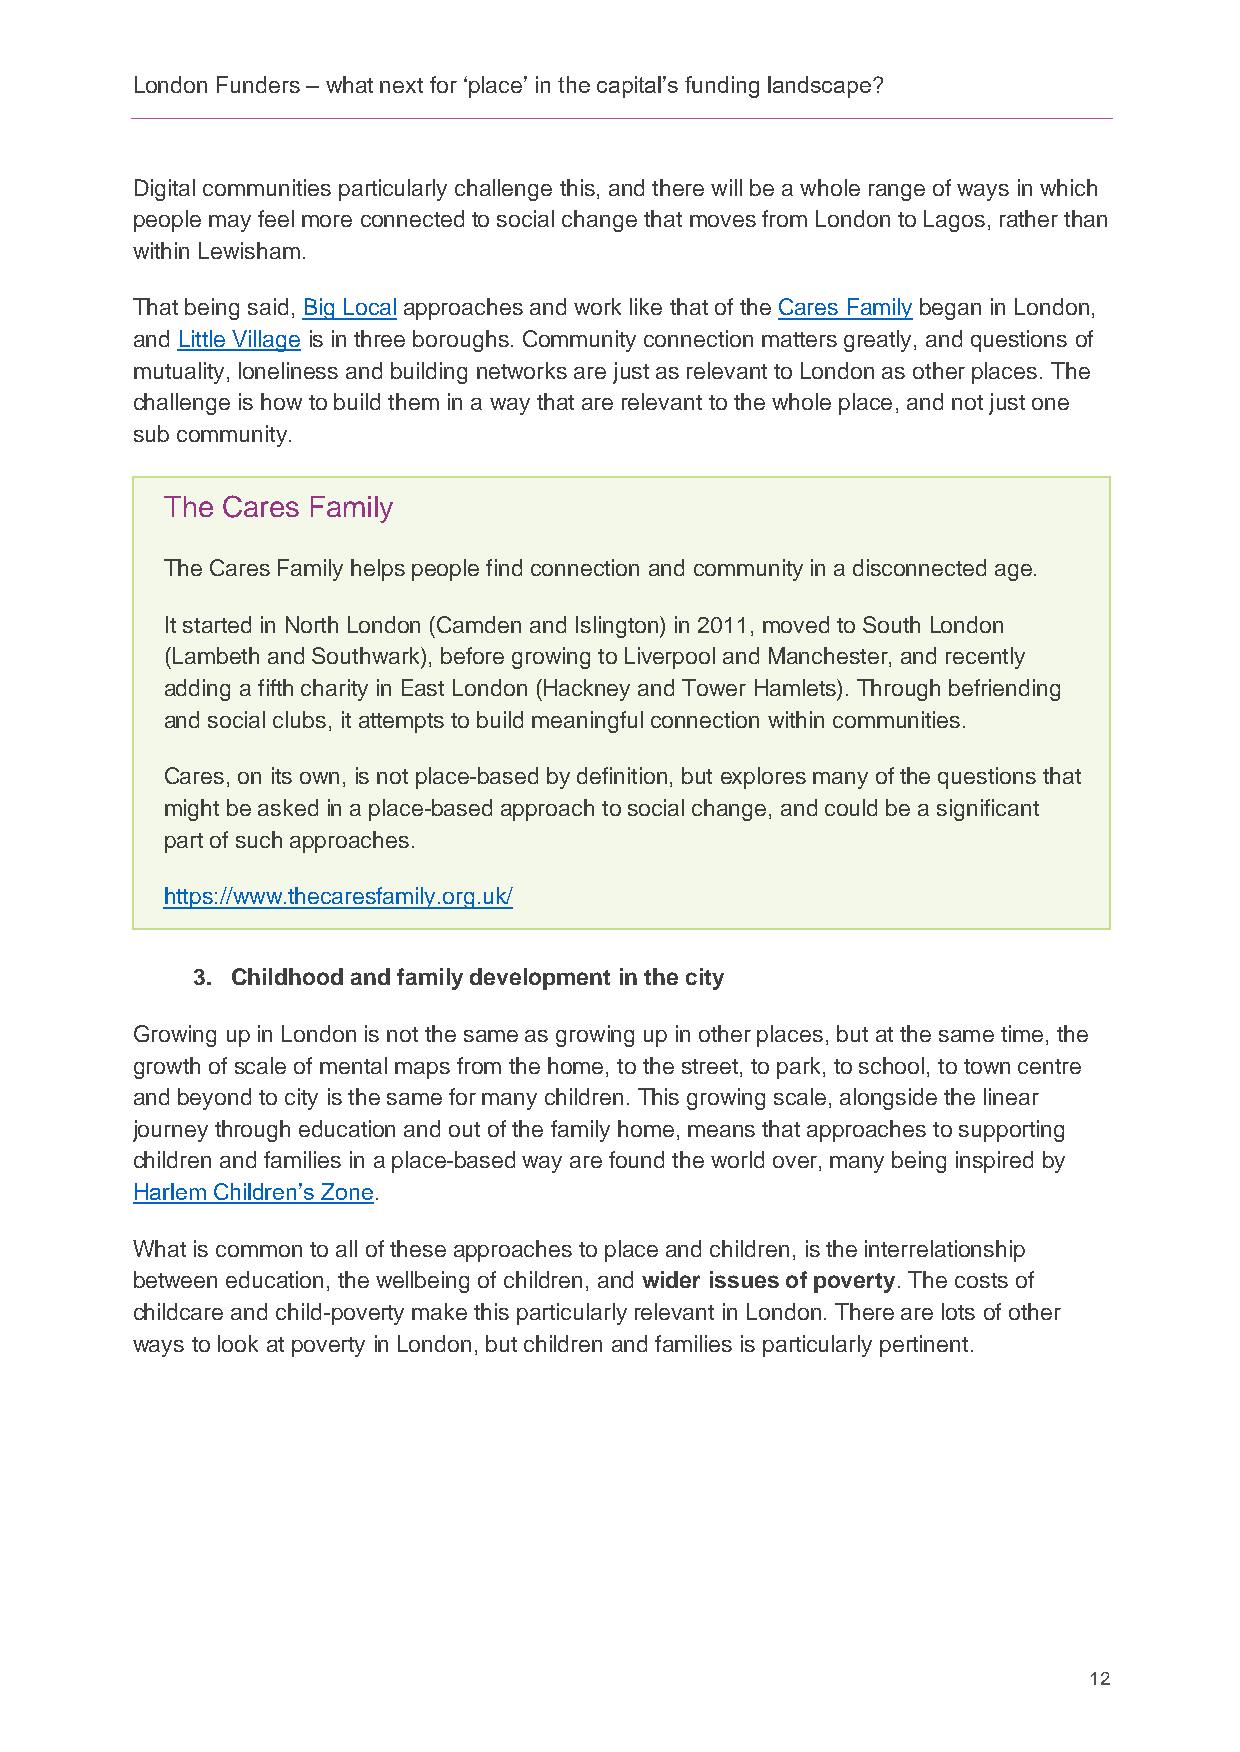
London Funders – what next for ‘place’ in the capital’s funding landscape?
 Digital communities particularly challenge this, and there will be a whole range of ways in which
 people may feel more connected to social change that moves from London to Lagos, rather than
 within Lewisham.
 That being said, Big Local approaches and work like that of the Cares Family began in London,
 and Little Village is in three boroughs. Community connection matters greatly, and questions of
 mutuality, loneliness and building networks are just as relevant to London as other places. The
 challenge is how to build them in a way that are relevant to the whole place, and not just one
 sub community.
 The Cares Family
 The Cares Family helps people find connection and community in a disconnected age.
 It started in North London (Camden and Islington) in 2011, moved to South London
 (Lambeth and Southwark), before growing to Liverpool and Manchester, and recently
 adding a fifth charity in East London (Hackney and Tower Hamlets). Through befriending
 and social clubs, it attempts to build meaningful connection within communities.
 Cares, on its own, is not place-based by definition, but explores many of the questions that
 might be asked in a place-based approach to social change, and could be a significant
 part of such approaches.
 https://www.thecaresfamily.org.uk/
 3. Childhood and family development in the city
 Growing up in London is not the same as growing up in other places, but at the same time, the
 growth of scale of mental maps from the home, to the street, to park, to school, to town centre
 and beyond to city is the same for many children. This growing scale, alongside the linear
 journey through education and out of the family home, means that approaches to supporting
 children and families in a place-based way are found the world over, many being inspired by
 Harlem Children’s Zone.
 What is common to all of these approaches to place and children, is the interrelationship
 between education, the wellbeing of children, and wider issues of poverty. The costs of
 childcare and child-poverty make this particularly relevant in London. There are lots of other
 ways to look at poverty in London, but children and families is particularly pertinent.
 12